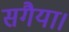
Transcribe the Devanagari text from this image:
सगैया।